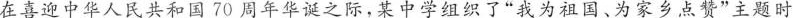
在喜迎中华人民共和国70周年华诞之际，某中学组织了”我为祖国、为家乡点赞”主题时